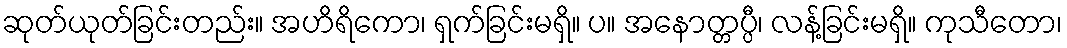
ဆုတ်ယုတ်ခြင်းတည်း။ အဟိရိကော၊ ရှက်ခြင်းမရှိ။ ပ။ အနောတ္တပ္ပီ၊ လန့်ခြင်းမရှိ။ ကုသီတော၊